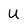
Character: u